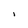
Character: l